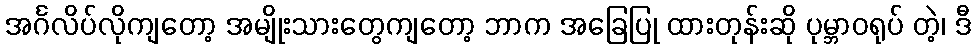
အင်္ဂလိပ်လိုကျတော့ အမျိုးသားတွေကျတော့ ဘာက အခြေပြု ထားတုန်းဆို ပုမ္ဘာဝရုပ် တဲ့၊ ဒီ